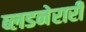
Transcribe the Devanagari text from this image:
ब्लडनेरारी